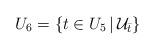
LaTeX: \begin{align*}U_6=\{t\in U_5\,|\,\mathcal{U}_{\bar{t}}\}\end{align*}